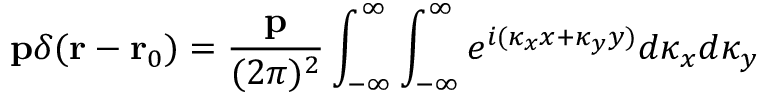
\mathbf { p } \delta ( \mathbf { r } - \mathbf { r } _ { 0 } ) = \frac { \mathbf { p } } { ( 2 \pi ) ^ { 2 } } \int _ { - \infty } ^ { \infty } \int _ { - \infty } ^ { \infty } e ^ { i ( \kappa _ { x } x + \kappa _ { y } y ) } { d \kappa _ { x } } { d \kappa _ { y } }